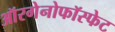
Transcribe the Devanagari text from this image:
ऑरगेनोफॉस्फेट